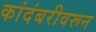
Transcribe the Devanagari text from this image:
कांदंबरीवरून